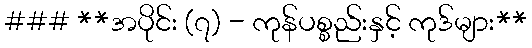
### **အပိုင်း (၇) - ကုန်ပစ္စည်းနှင့် ကုဒ်များ**